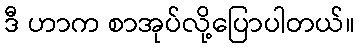
ဒီ ဟာက စာအုပ်လို့ပြောပါတယ်။